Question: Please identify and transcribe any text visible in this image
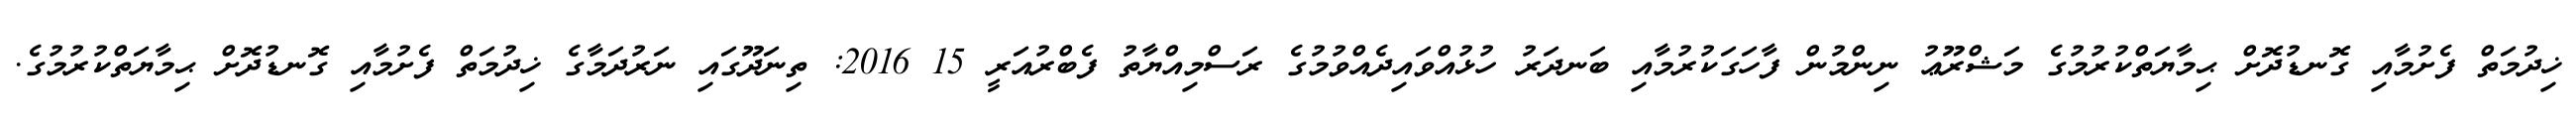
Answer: ޚިދުމަތް ފެށުމާއި ގޮނޑުދޮށް ޙިމާޔަތްކުރުމުގެ މަޝްރޫޢު ނިންމުން ފާހަގަކުރުމާއި ބަނދަރު ހުޅުއްވައިދެއްވުމުގެ ރަސްމިއްޔާތު ފެބްރުއަރީ 15 2016: ތިނަދޫގައި ނަރުދަމާގެ ޚިދުމަތް ފެށުމާއި ގޮނޑުދޮށް ޙިމާޔަތްކުރުމުގެ.